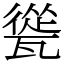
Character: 㼻